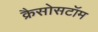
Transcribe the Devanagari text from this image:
क्रैसोसटॉम